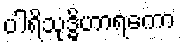
ပါရိသုဒ္ဓိဟာရကော